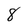
Character: 8